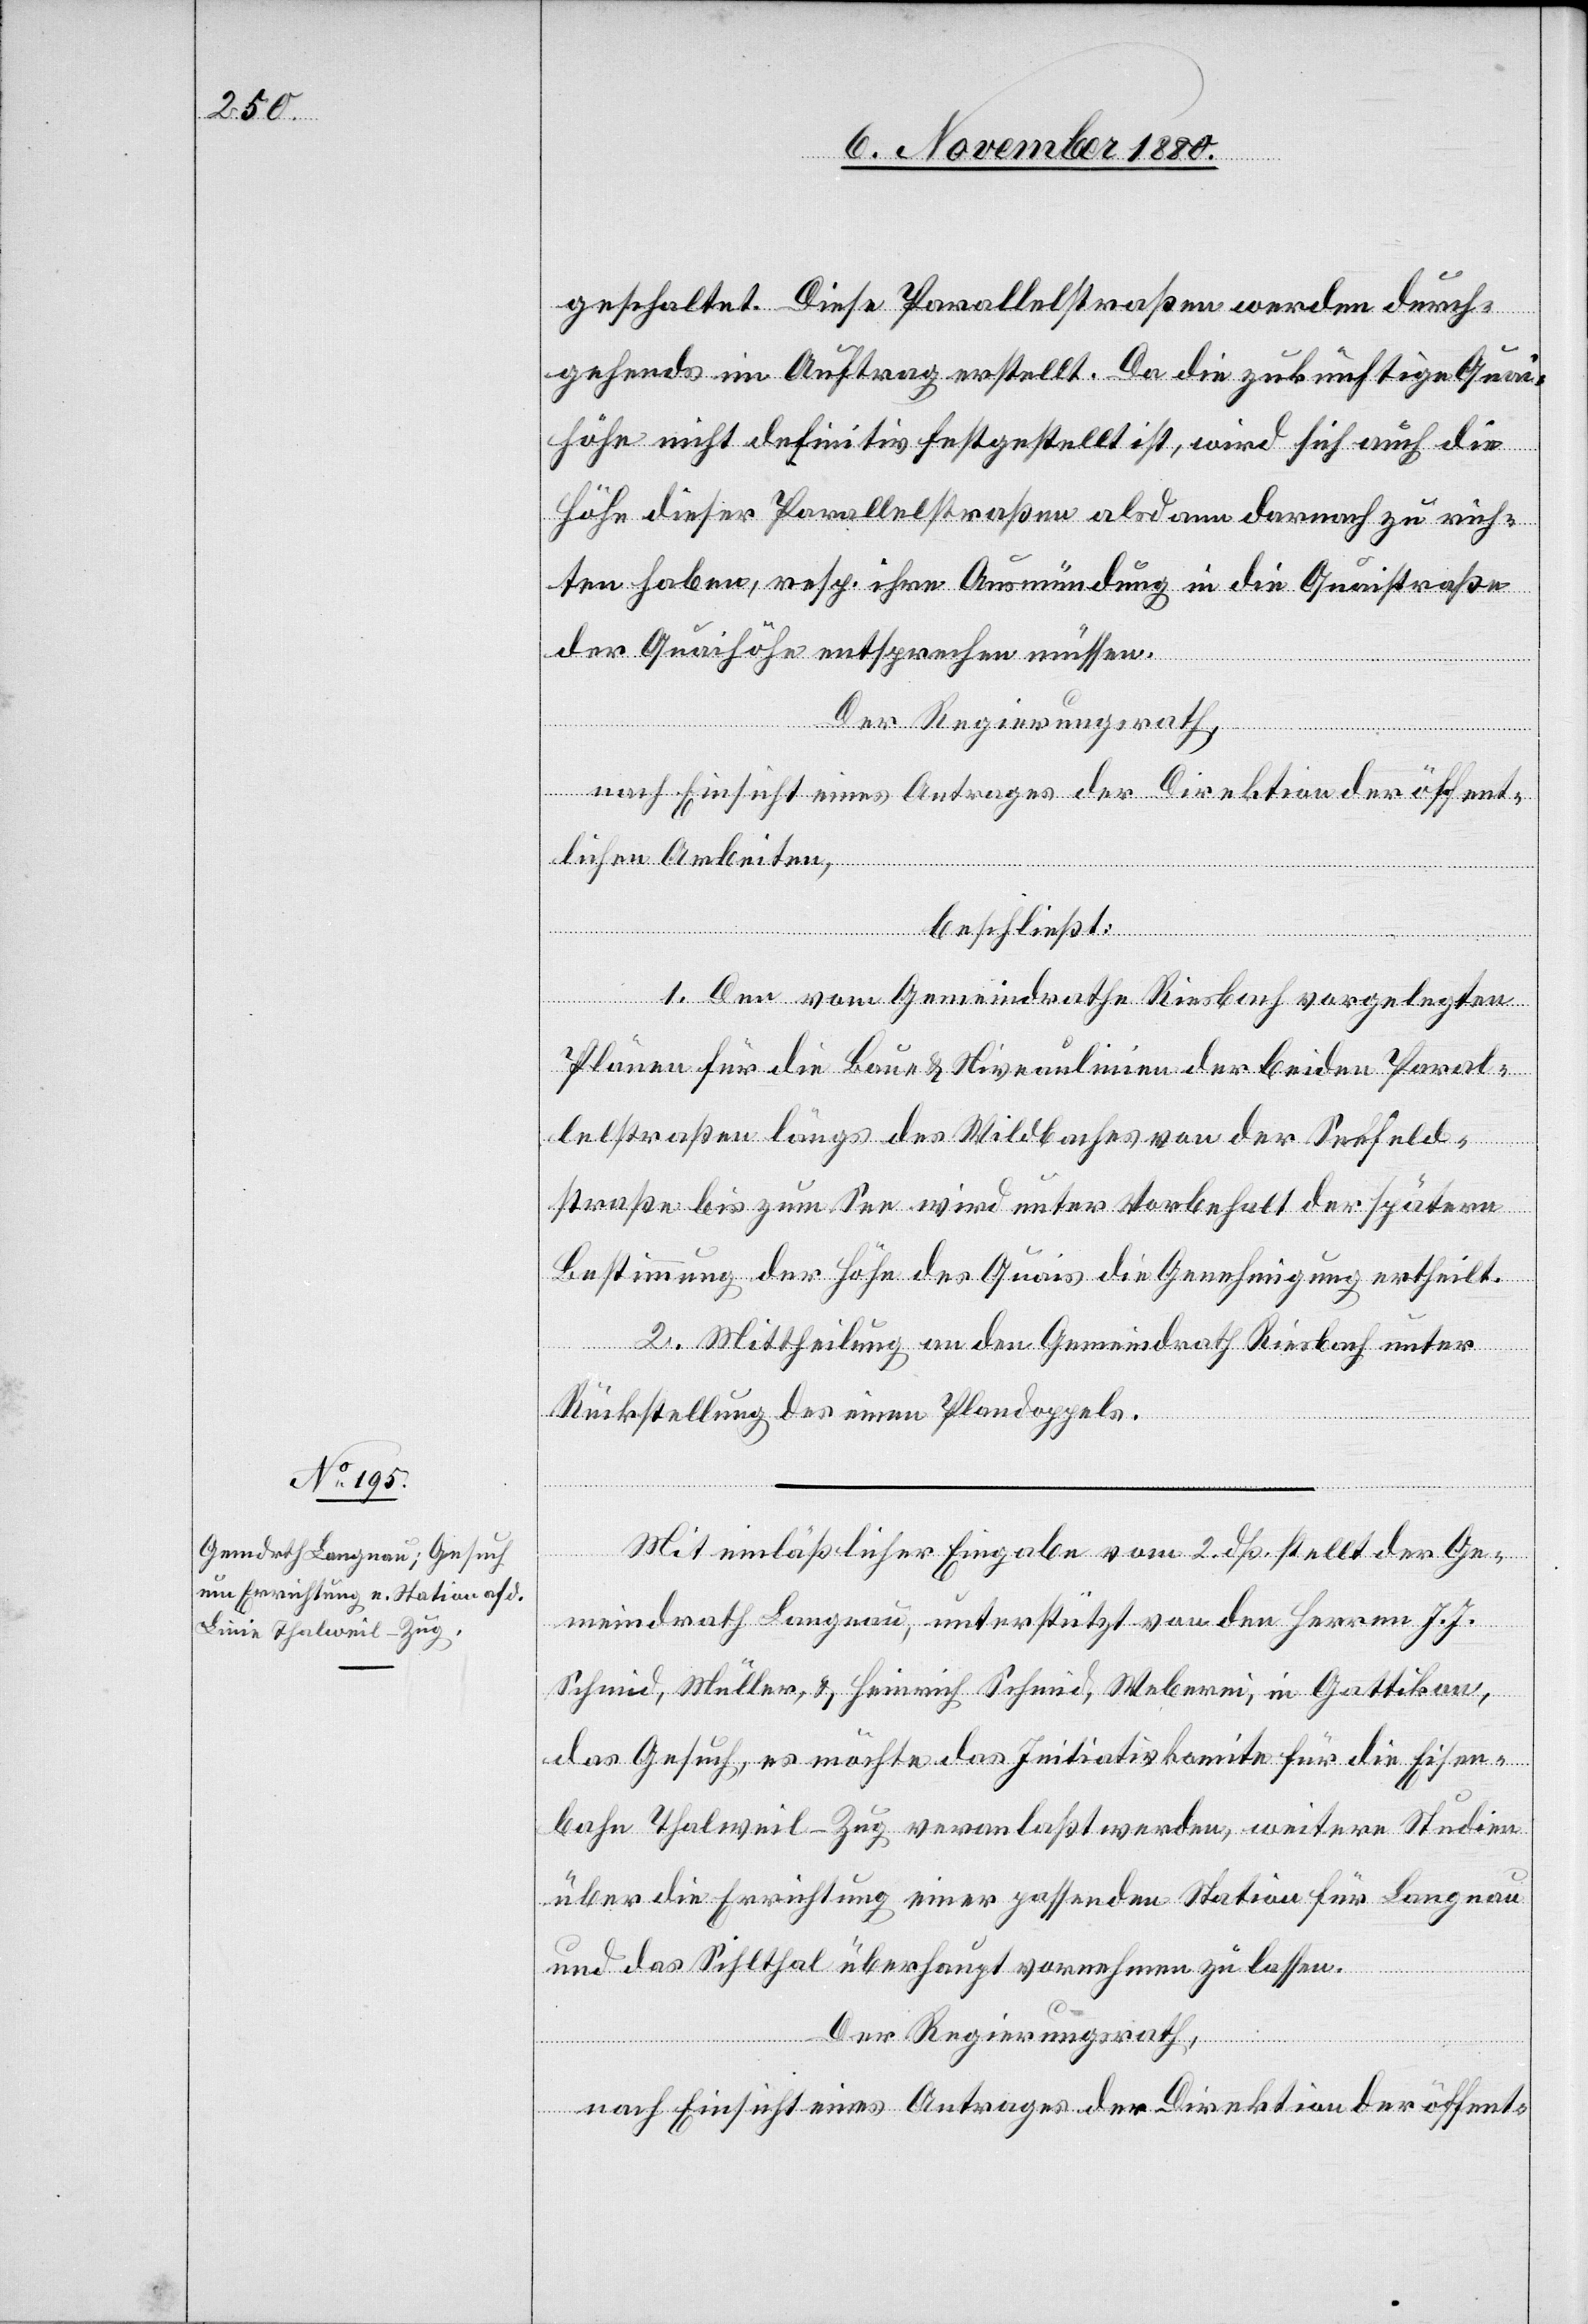
geschaltet. Diese Parallelstraßen werden durch¬
gehends im Auftrag erstellt. Da die zukünftige Quai¬
höhe nicht definitiv festgestellt ist, wird sich auch die
Höhe dieser Parallelstraßen alsdann darnach zu rich¬
ten haben, resp. ihre Ausmündung in die Quaistraße
der Quaihöhe entsprechen müssen.
Der Regierungsrath,
nach Einsicht eines Antrages der Direktion der öffent-
lichen Arbeiten,
beschließt:
1. Den vom Gemeindrathe Riesbach vorgelegten
Pläne für die Bau- & Niveaulinien der beiden Paral¬
lelstraßen längs des Wildbaches von der Seefeld¬
straße bis zum See wird unter Vorbehalt der spätern
Bestimmung der Höhe des Quais die Genehmigung ertheilt.
2. Mittheilung an den Gemeindrath Riesbach unter
Rückstellung des einen Plandoppels.
Mit einläßlicher Eingabe vom 2. dß stellt der Ge¬
meindrath Langnau, unterstützt von den Herren J. J.
Schmid, Müller, & Heinrich Schmid, Weberei, in Gattikon,
das Gesuch, es möchte das Initiativkomite für die Eisen¬
bahn Thalweil–Zug veranlaßt werden, weitere Studien
über die Errichtung einer passsenden Station für Langnau
und das Sihlthal überhaupt vornehmen zu lassen.
Der Regierungsrath,